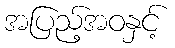
အပြည့်အဝနှင့်